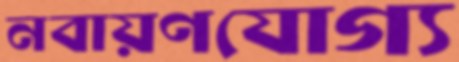
নবায়ণযোগ্য